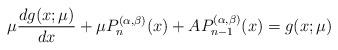
LaTeX: \begin{align*} \mu\frac{dg(x;\mu)}{dx} + \mu P_n^{(\alpha,\beta)}(x) + A P_{n-1}^{(\alpha,\beta)}(x) = g(x;\mu) \end{align*}